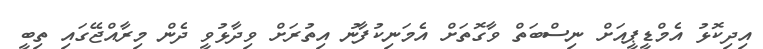
އިދިކޮޅު އެމްޑީޕީއަށް ނިސްބަތް ވާގޮތަށް އެމަނިކުފާނު އިތުރަށް ވިދާޅުވީ ދެން މިރާއްޖޭގައި ތިބީ